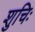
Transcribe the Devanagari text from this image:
शुचिः